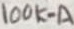
Text: 100K-A